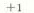
+1